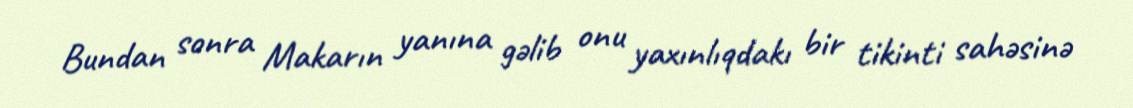
Bundan sonra Makarın yanına gəlib onu yaxınlıqdakı bir tikinti sahəsinə